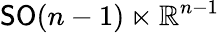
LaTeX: {\mathsf{S}}{\mathsf{O}}(n-1)\ltimes\mathbb{R}^{n-1}